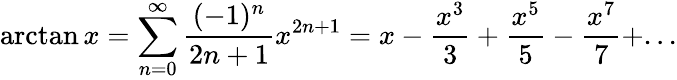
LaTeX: \arctan x=\sum_{n=0}^{\infty}{\frac{(-1)^{n}}{2n+1}}x^{2n+1}=x-{\frac{x^{3}}{3}}+{\frac{x^{5}}{5}}-{\frac{x^{7}}{7}}+...